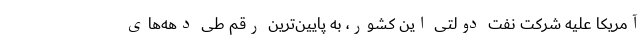
آمریکا علیه شرکت نفت دولتی این کشور، به پایین‌ترین رقم طی دهه‌های